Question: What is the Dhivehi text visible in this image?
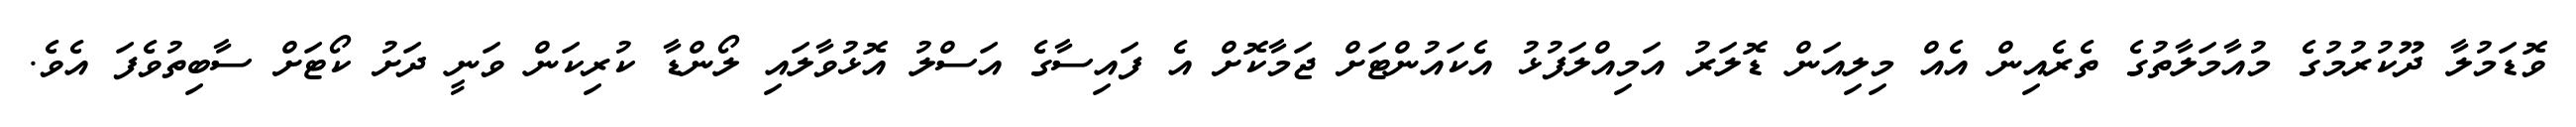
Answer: ވޮޑަމުލާ ދޫކުރުމުގެ މުއާމަލާތުގެ ތެރެއިން އެއް މިލިއަން ޑޮލަރު އަމިއްލަފުޅު އެކައުންޓަށް ޖަމާކޮށް އެ ފައިސާގެ އަސްލު އޮޅުވާލައި ލޯންޑާ ކުރިކަން ވަނީ ދަށު ކޯޓަށް ސާބިތުވެފަ އެވެ.